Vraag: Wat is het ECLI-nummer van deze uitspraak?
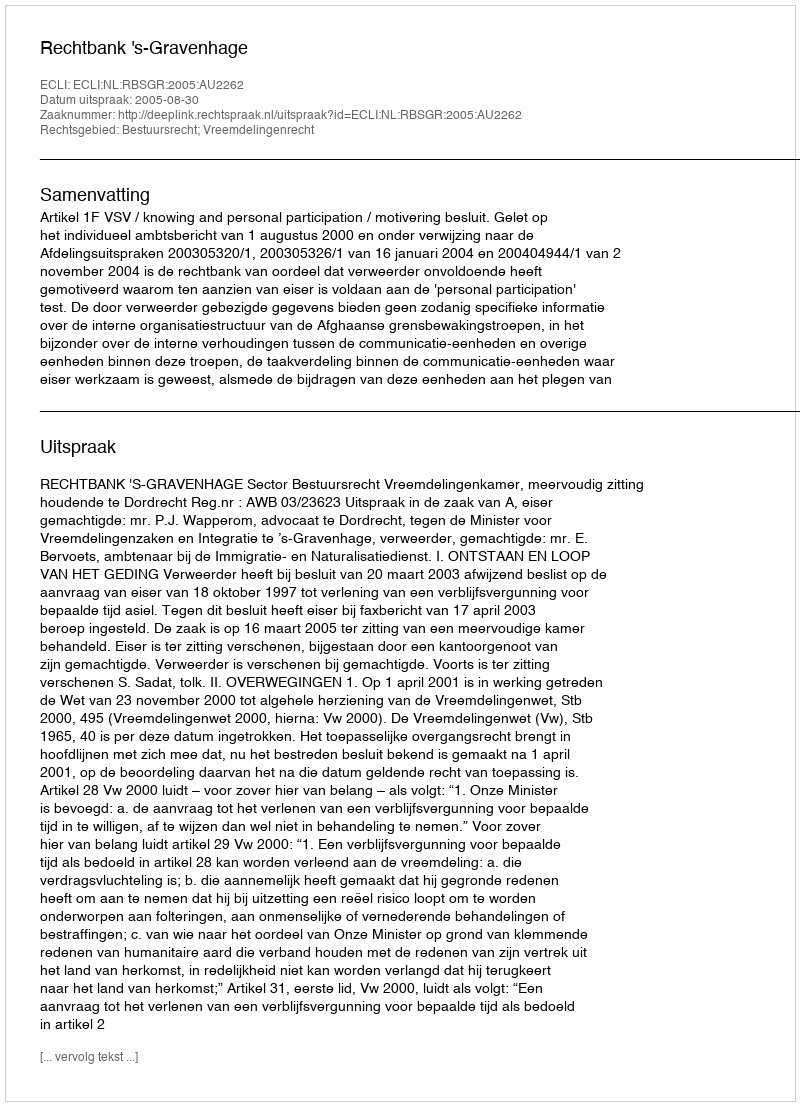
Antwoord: ECLI:NL:RBSGR:2005:AU2262